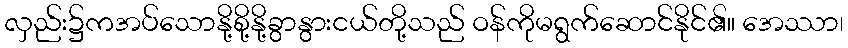
လှည်း၌ကအပ်သောနို့စို့နို့ခွာနွားငယ်တို့သည် ဝန်ကိုမရွက်ဆောင်နိုင်၏။ အေဿာ၊